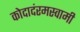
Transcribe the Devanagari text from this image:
कोदादंरमस्वामी